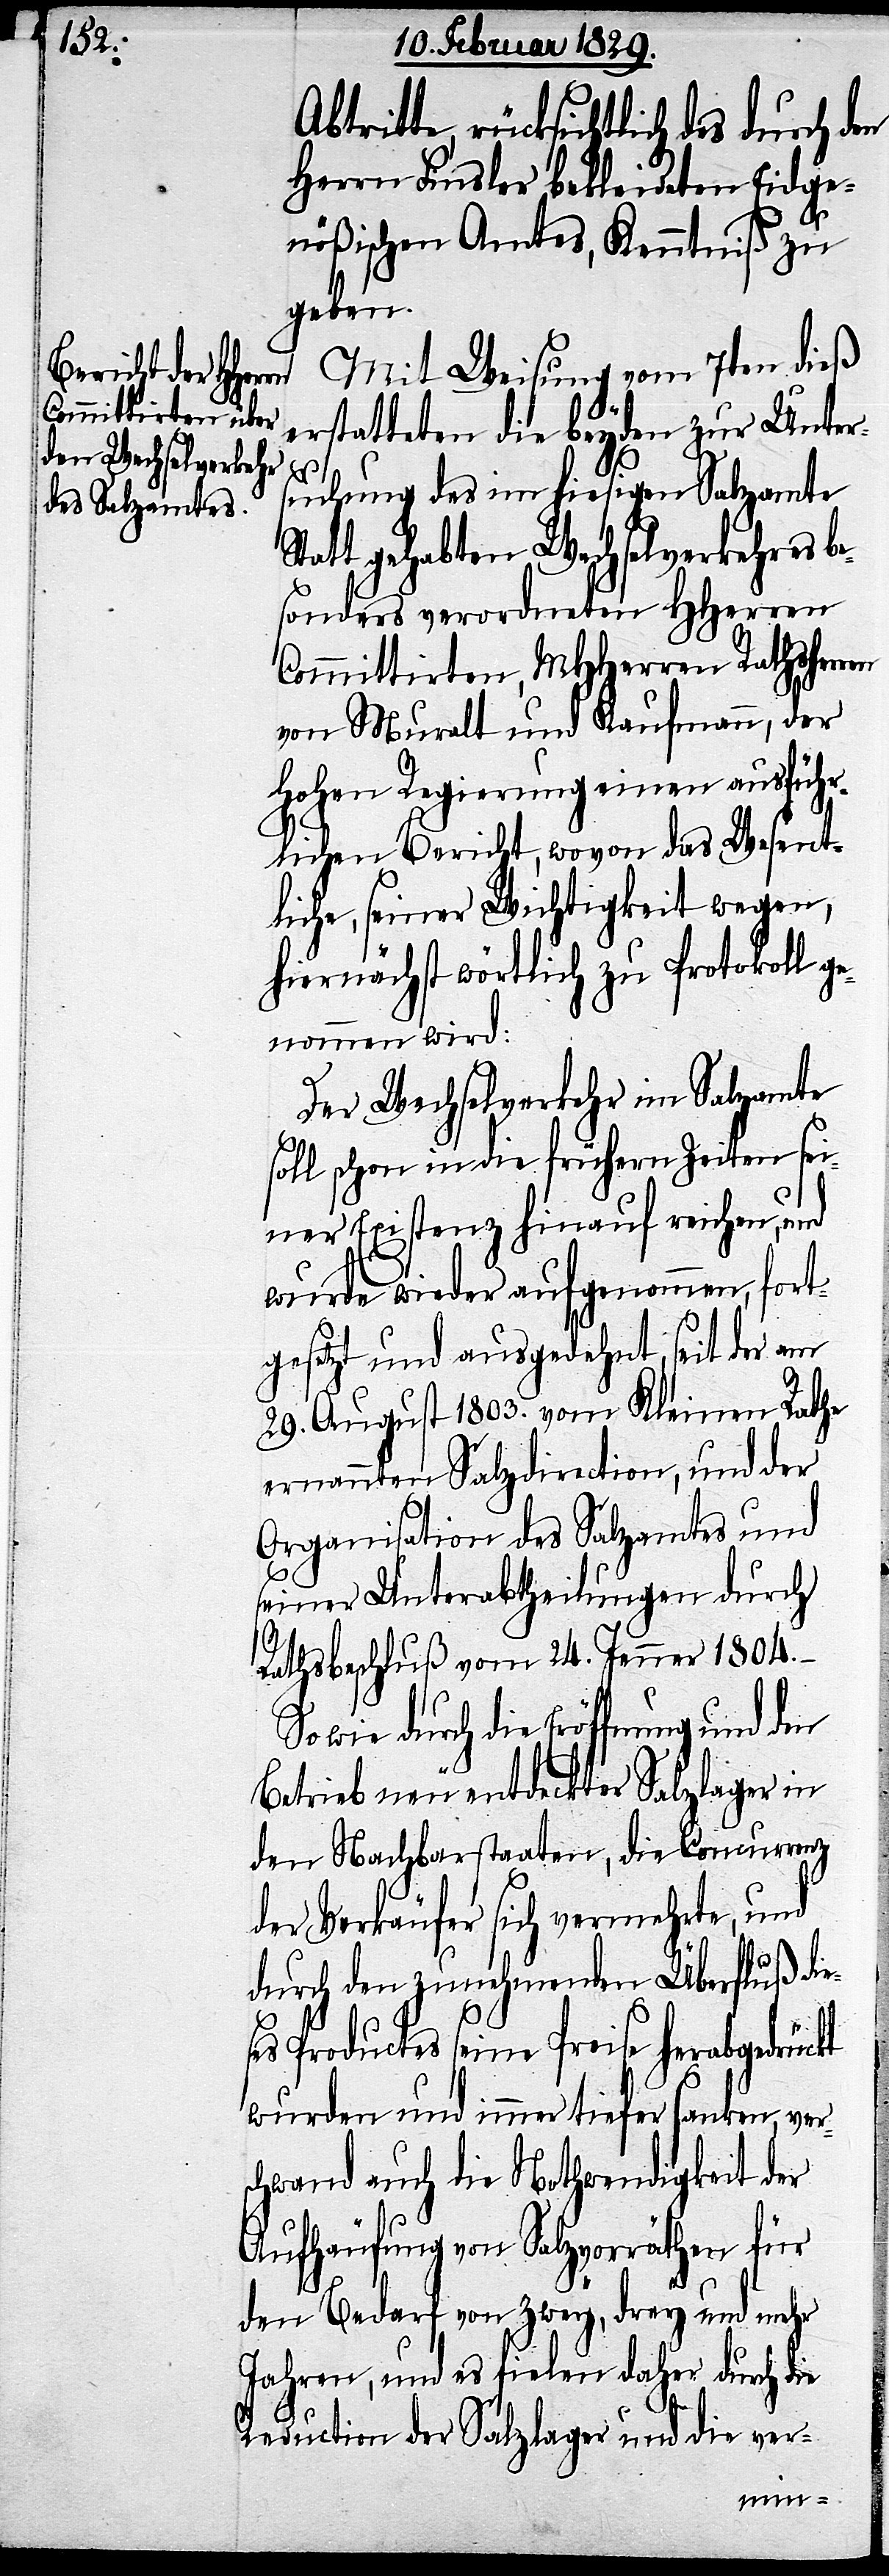
Abtritte, rücksichtlich des durch den
Herrn Finsler bekleideten Eidge¬
nößischen Amtes, Kenntniß zu
geben.
Mit Weisung vom 7ten dieß
erstatteten die beyden zur Unter¬
s¬
suchung des im hiesigen Salzamte
tatt gehabten Wechselverkehres b¬
esonders verordneten HHerren
Committirten, MHHerren Rathsherr
von Muralt und Kaufmann, der
Hohen Regierung einen ausführ¬
lichen Bericht, wovon das Wesent¬
liche, seiner Wichtigkeit wegen,
hiernächst wörtlich zu Protokoll g¬
enommen wird:
Der Wechselverkehr im Salzamte
soll schon in die frühern Zeiten sei¬
ner Existenz hinauf reichen, und
wurde wieder aufgenommen, fort¬
gesetzt und ausgedehnt, seit der am
29. August 1803. vom Kleinen Rathe
ernannten Salzdirection, und der
Organisation des Salzamtes und
seiner Unterabtheilungen durch
Rathsbeschluß vom 24. Jenner 1804. –
Sowie durch die Eröffnung und den
Betrieb neu entdeckter Salzlager in
den Nachbarstaaten, die Concurrenz
der Verkäufer sich vermehrte, und
durch den zunehmenden Überfluß die¬
es Productes seine Preise herabgedrückt
wurden und immer tiefer sanken, ver¬
schwand auch die Nothwendigkeit der
Aufhäufung von Salzvorräthen für
den Bedarf von zwey, drey und mehr
Jahren, und es fielen daher durch die
Reduction der Salzlager und die ver-